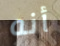
أنه